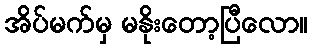
အိပ်မက်မှ မနိုးတော့ပြီလော။